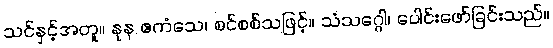
သင်နှင့်အတူ။ နုန ဧကံသေ၊ စင်စစ်သဖြင့်။ သံသဂ္ဂေါ၊ ပေါင်းဖော်ခြင်းသည်။